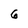
Character: 6